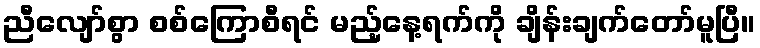
ညီလျော်စွာ စစ်ကြောစီရင် မည့်နေ့ရက်ကို ချိန်းချက်တော်မူပြီ။